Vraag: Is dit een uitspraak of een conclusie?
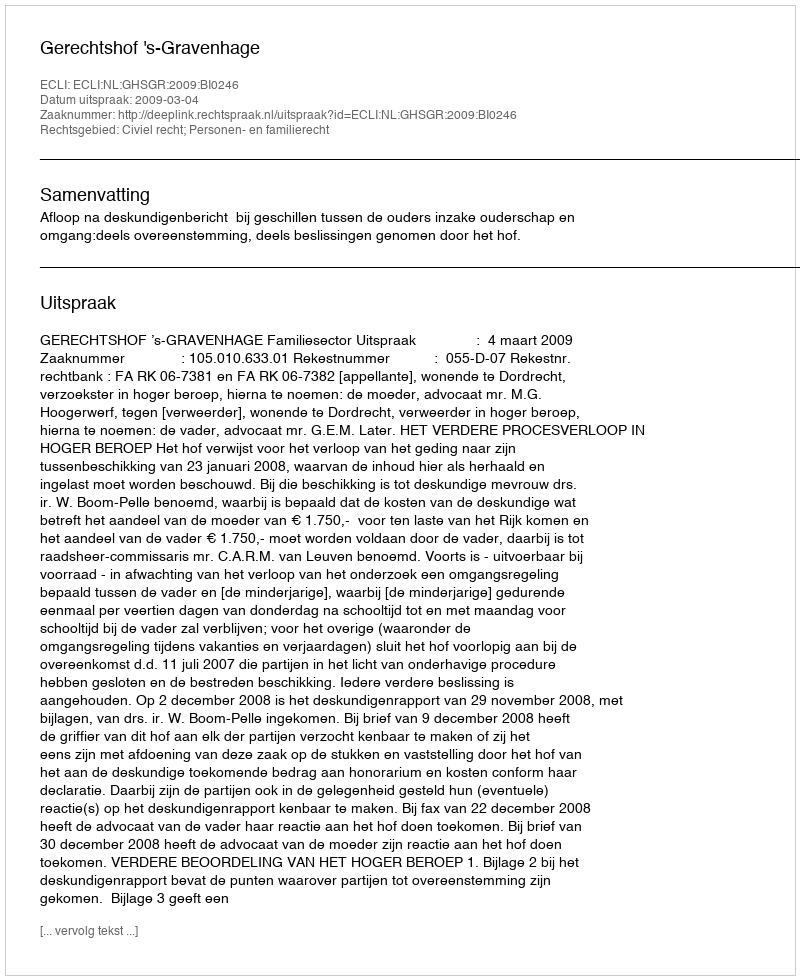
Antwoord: Uitspraak